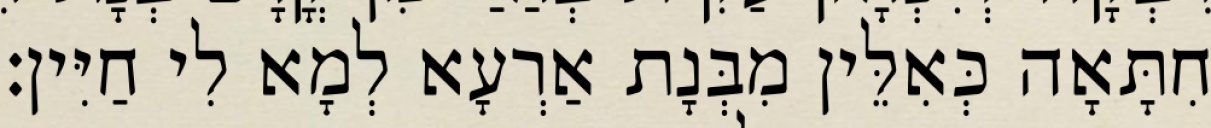
חִתָּאָה כְּאִלֵּין מִבְּנָת אַרְעָא לְמָא לִי חַיִּין׃